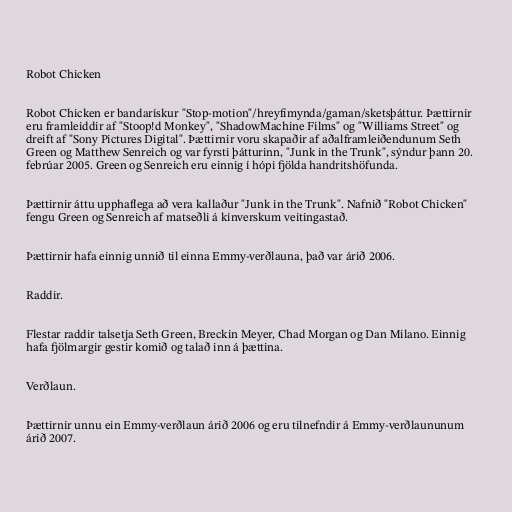
Robot Chicken

Robot Chicken er bandarískur "Stop-motion"/hreyfimynda/gaman/sketsþáttur. Þættirnir
eru framleiddir af "Stoop!d Monkey", "ShadowMachine Films" og "Williams Street" og
dreift af "Sony Pictures Digital". Þættirnir voru skapaðir af aðalframleiðendunum Seth
Green og Matthew Senreich og var fyrsti þátturinn, "Junk in the Trunk", sýndur þann 20.
febrúar 2005. Green og Senreich eru einnig í hópi fjölda handritshöfunda.

Þættirnir áttu upphaflega að vera kallaður "Junk in the Trunk". Nafnið "Robot Chicken"
fengu Green og Senreich af matseðli á kínverskum veitingastað.

Þættirnir hafa einnig unnið til einna Emmy-verðlauna, það var árið 2006.

Raddir.

Flestar raddir talsetja Seth Green, Breckin Meyer, Chad Morgan og Dan Milano. Einnig
hafa fjölmargir gestir komið og talað inn á þættina.

Verðlaun.

Þættirnir unnu ein Emmy-verðlaun árið 2006 og eru tilnefndir á Emmy-verðlaununum
árið 2007.